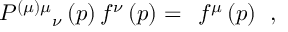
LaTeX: P ^ { ( \mu ) \mu } { } _ { \nu } \left( p \right) f ^ { \nu } \left( p \right) = \; \, f ^ { \mu } \left( p \right) \; \, ,